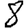
Digit: 8